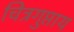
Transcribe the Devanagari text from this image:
चित्रगुप्ताय